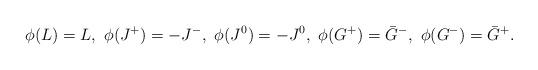
LaTeX: \begin{align*}\phi(L)=L,\ \phi(J^+)=-J^-,\ \phi(J^0)=-J^0,\ \phi(G^+)=\bar G^-,\ \phi(G^-)=\bar G^+.\end{align*}